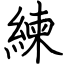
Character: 練